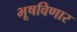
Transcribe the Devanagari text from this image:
भूषविणार